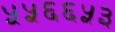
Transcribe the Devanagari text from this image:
५५६६५३